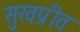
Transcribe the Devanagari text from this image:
सुखप्रीत